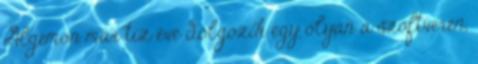
Algemon már tíz éve dolgozik egy olyan a szoftveren,